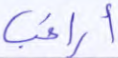
أراغب